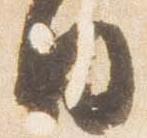
日